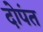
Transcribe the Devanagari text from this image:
दोपंत